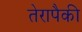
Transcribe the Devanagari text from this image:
तेरापैकी